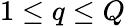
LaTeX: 1\leq q\leq Q